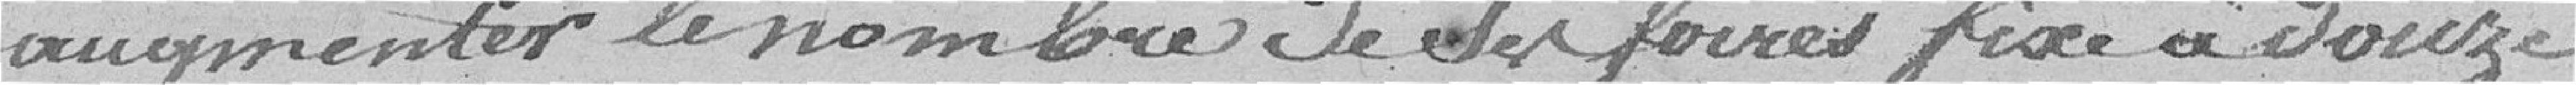
augmenter le nombre de ses foires fixé à douze